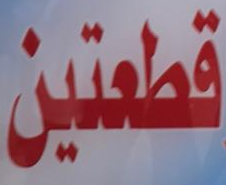
قطعتين